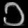
Digit: ၁